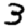
Digit: 3